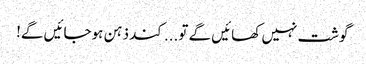
گوشت نہیں کھائیں گے تو... کند ذہن ہوجائیں گے!